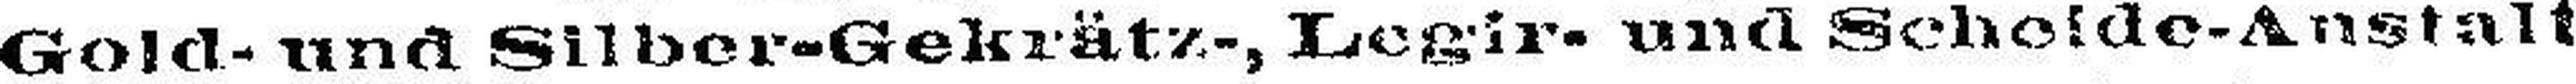
Gold- und Silber-Gekrätz-, Legir- und Scheide-Anstalt